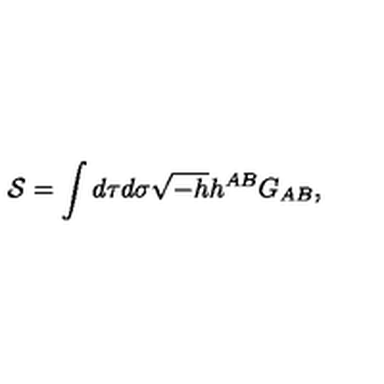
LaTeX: { \cal S } = \int d \tau d \sigma \sqrt { - h } h ^ { A B } G _ { A B } ,